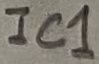
Text: IC1